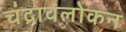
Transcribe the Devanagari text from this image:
चंद्रावलोकन